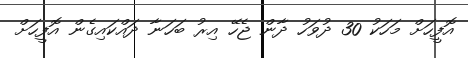
އޮފީހަށް މަހަކު 30 ދުވަހު ދާން ޖެހޭ އިރު ބަހަނާ ދައްކައިގެން އޮފީހަށް